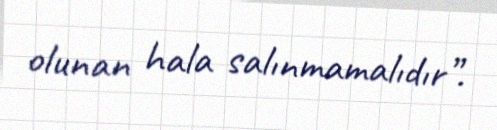
olunan hala salınmamalıdır”.